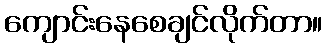
ကျောင်းနေစေချင်လိုက်တာ။